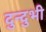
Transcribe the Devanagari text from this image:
दुन्दुभी